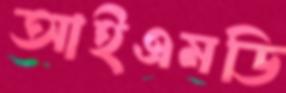
আইএমডি